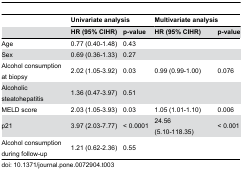
<table><thead><tr><td></td><td colspan="2"><b>Univariate analysis</b></td><td colspan="2"><b>Multivariate analysis</b></td></tr><tr><td></td><td><b>HR (95% CIHR)</b></td><td><b>p-value</b></td><td><b>HR (95% CIHR)</b></td><td><b>p-value</b></td></tr></thead><tbody><tr><td>Age</td><td>0.77 (0.40-1.48)</td><td>0.43</td><td></td><td></td></tr><tr><td>Sex</td><td>0.69 (0.36-1.33)</td><td>0.27</td><td></td><td></td></tr><tr><td>Alcohol consumption at biopsy</td><td>2.02 (1.05-3.92)</td><td>0.03</td><td>0.99 (0.99-1.00)</td><td>0.076</td></tr><tr><td>Alcoholic steatohepatitis</td><td>1.36 (0.47-3.97)</td><td>0.51</td><td></td><td></td></tr><tr><td>MELD score</td><td>2.03 (1.05-3.93)</td><td>0.03</td><td>1.05 (1.01-1.10)</td><td>0.006</td></tr><tr><td>p21</td><td>3.97 (2.03-7.77)</td><td>&lt; 0.0001</td><td>24.56 (5.10-118.35)</td><td>&lt; 0.001</td></tr><tr><td>Alcohol consumption during follow-up</td><td>1.21 (0.62-2.36)</td><td>0.55</td><td></td><td></td></tr></tbody></table>